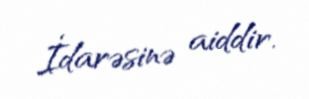
İdarəsinə aiddir.